65_HS1-834228961_62-HQ-83894_Section_5
Agency: FBI
Page 147
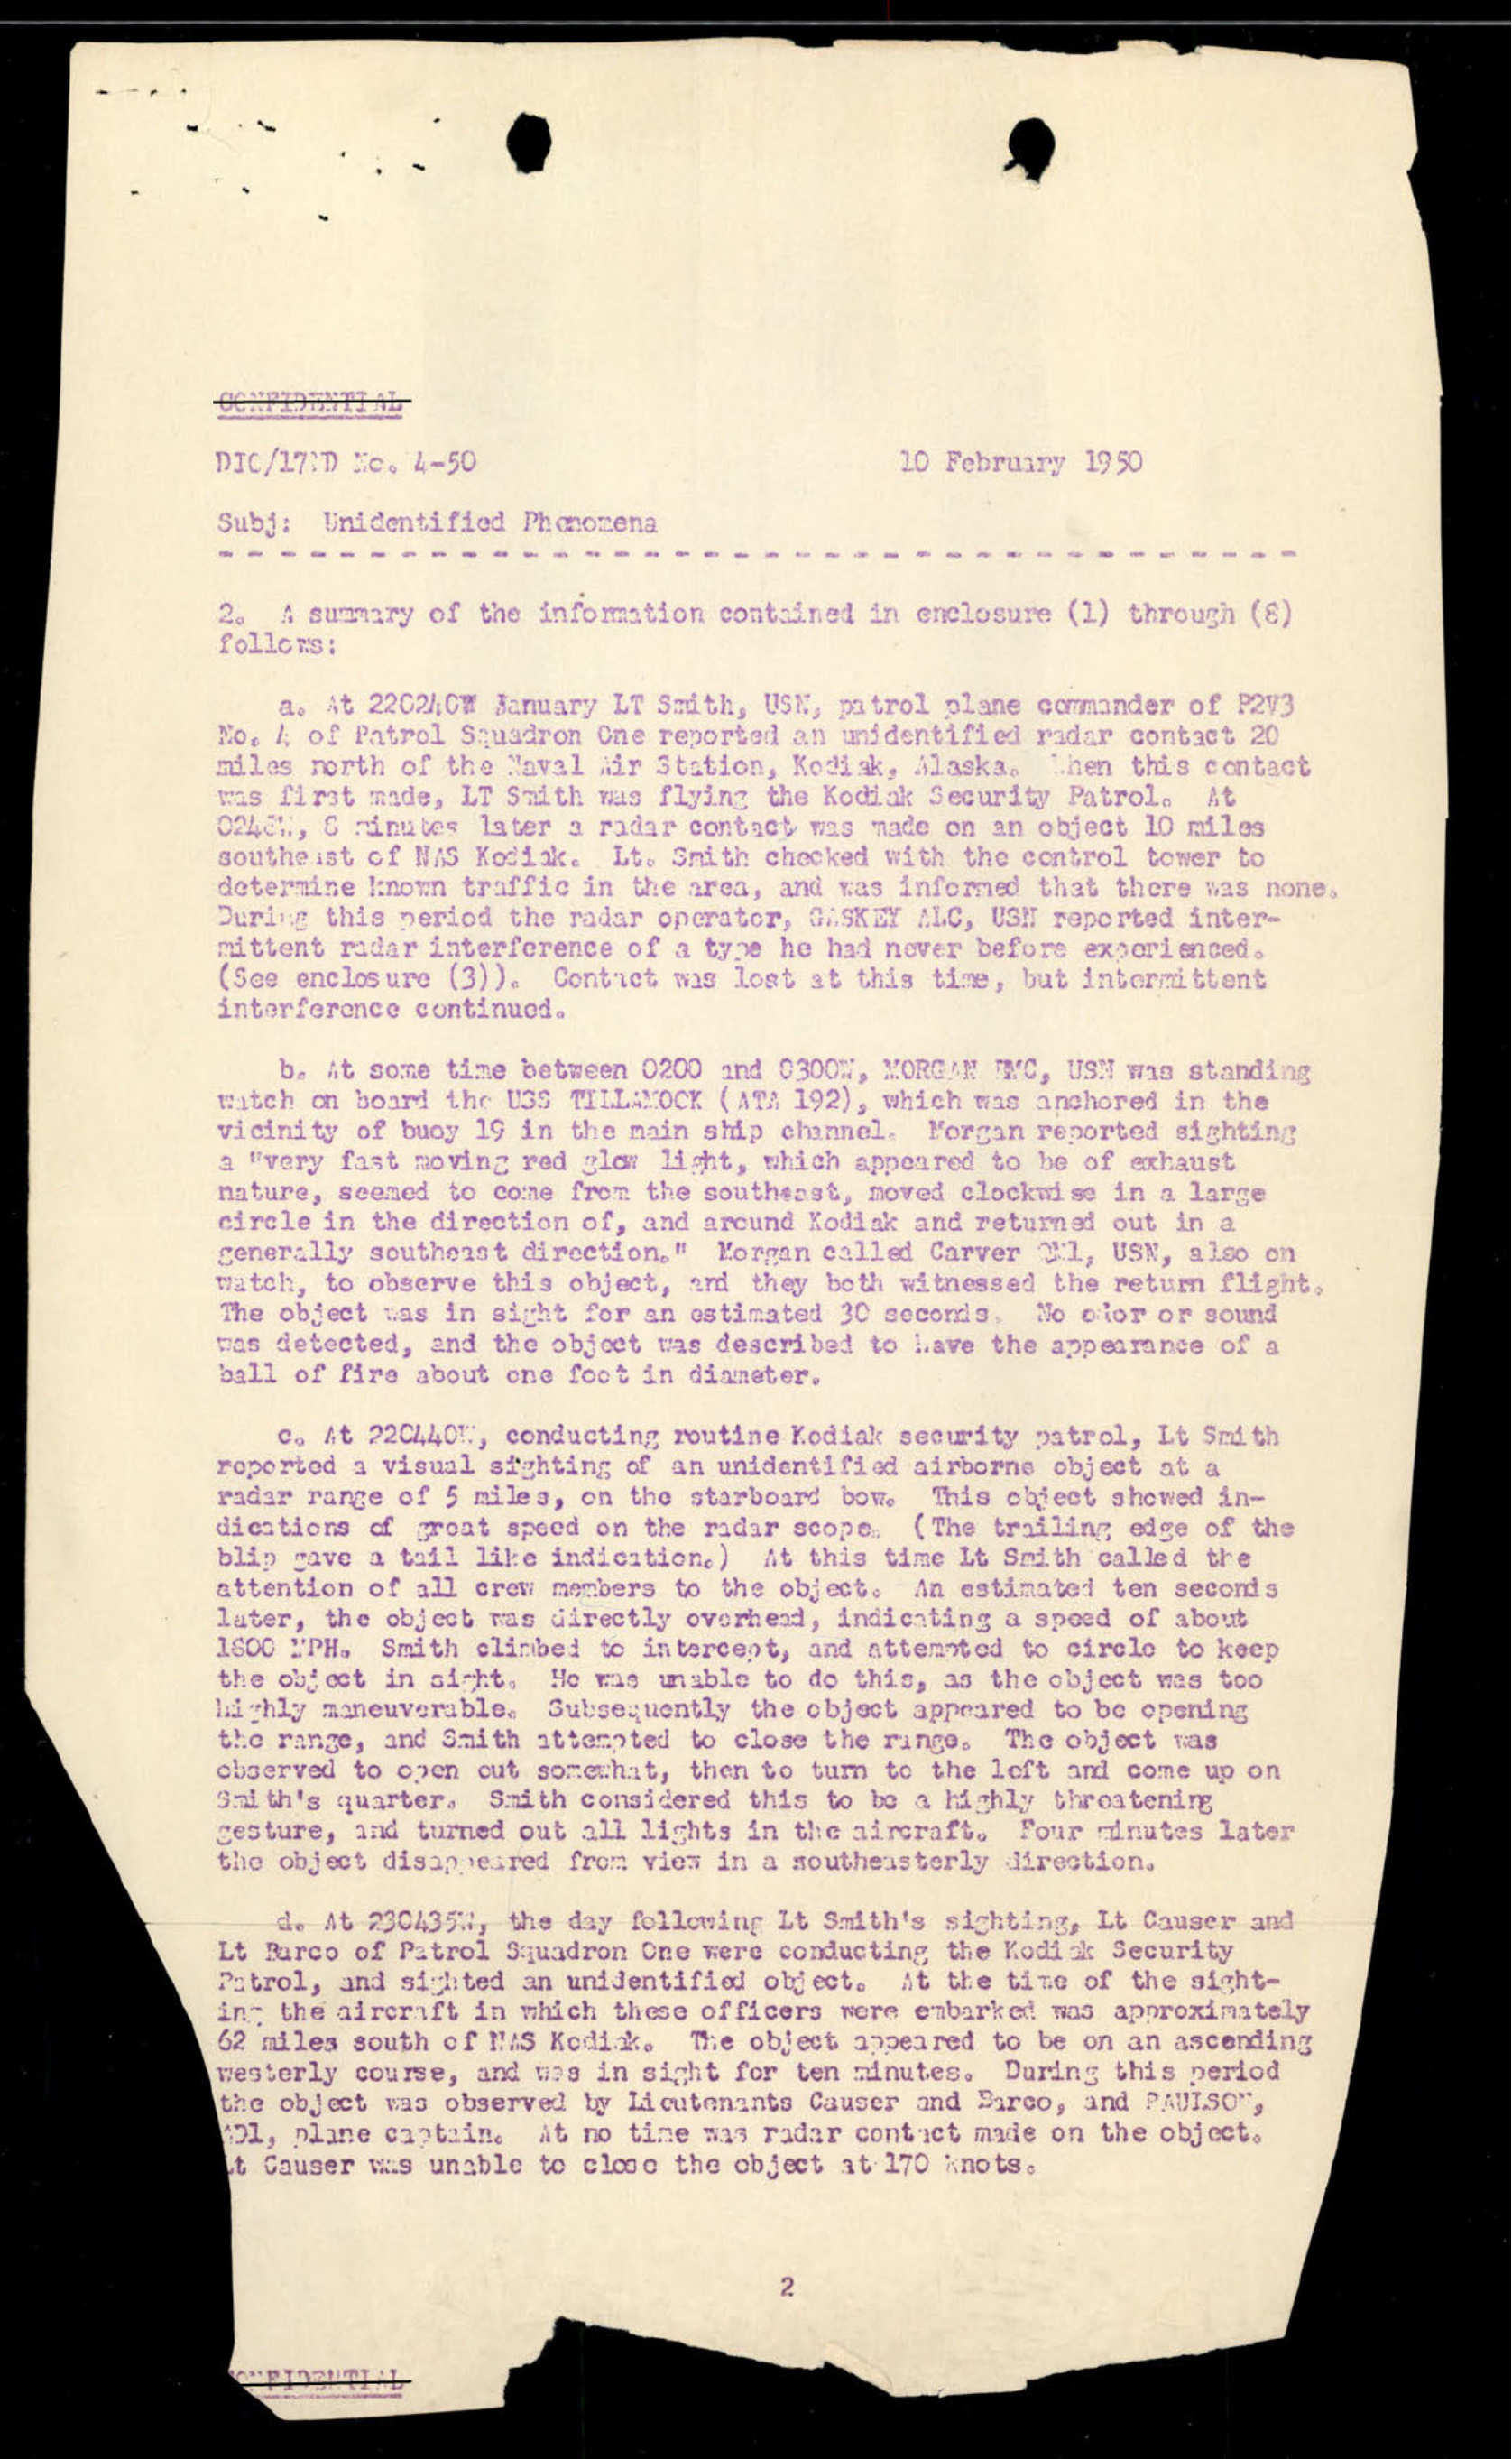